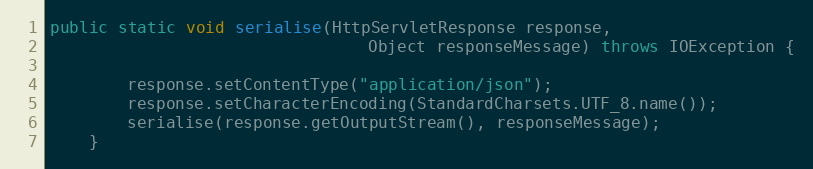
Language: Java
public static void serialise(HttpServletResponse response,
                                 Object responseMessage) throws IOException {

        response.setContentType("application/json");
        response.setCharacterEncoding(StandardCharsets.UTF_8.name());
        serialise(response.getOutputStream(), responseMessage);
    }